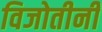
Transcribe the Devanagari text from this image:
विजोतीनी